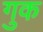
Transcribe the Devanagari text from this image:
गुक